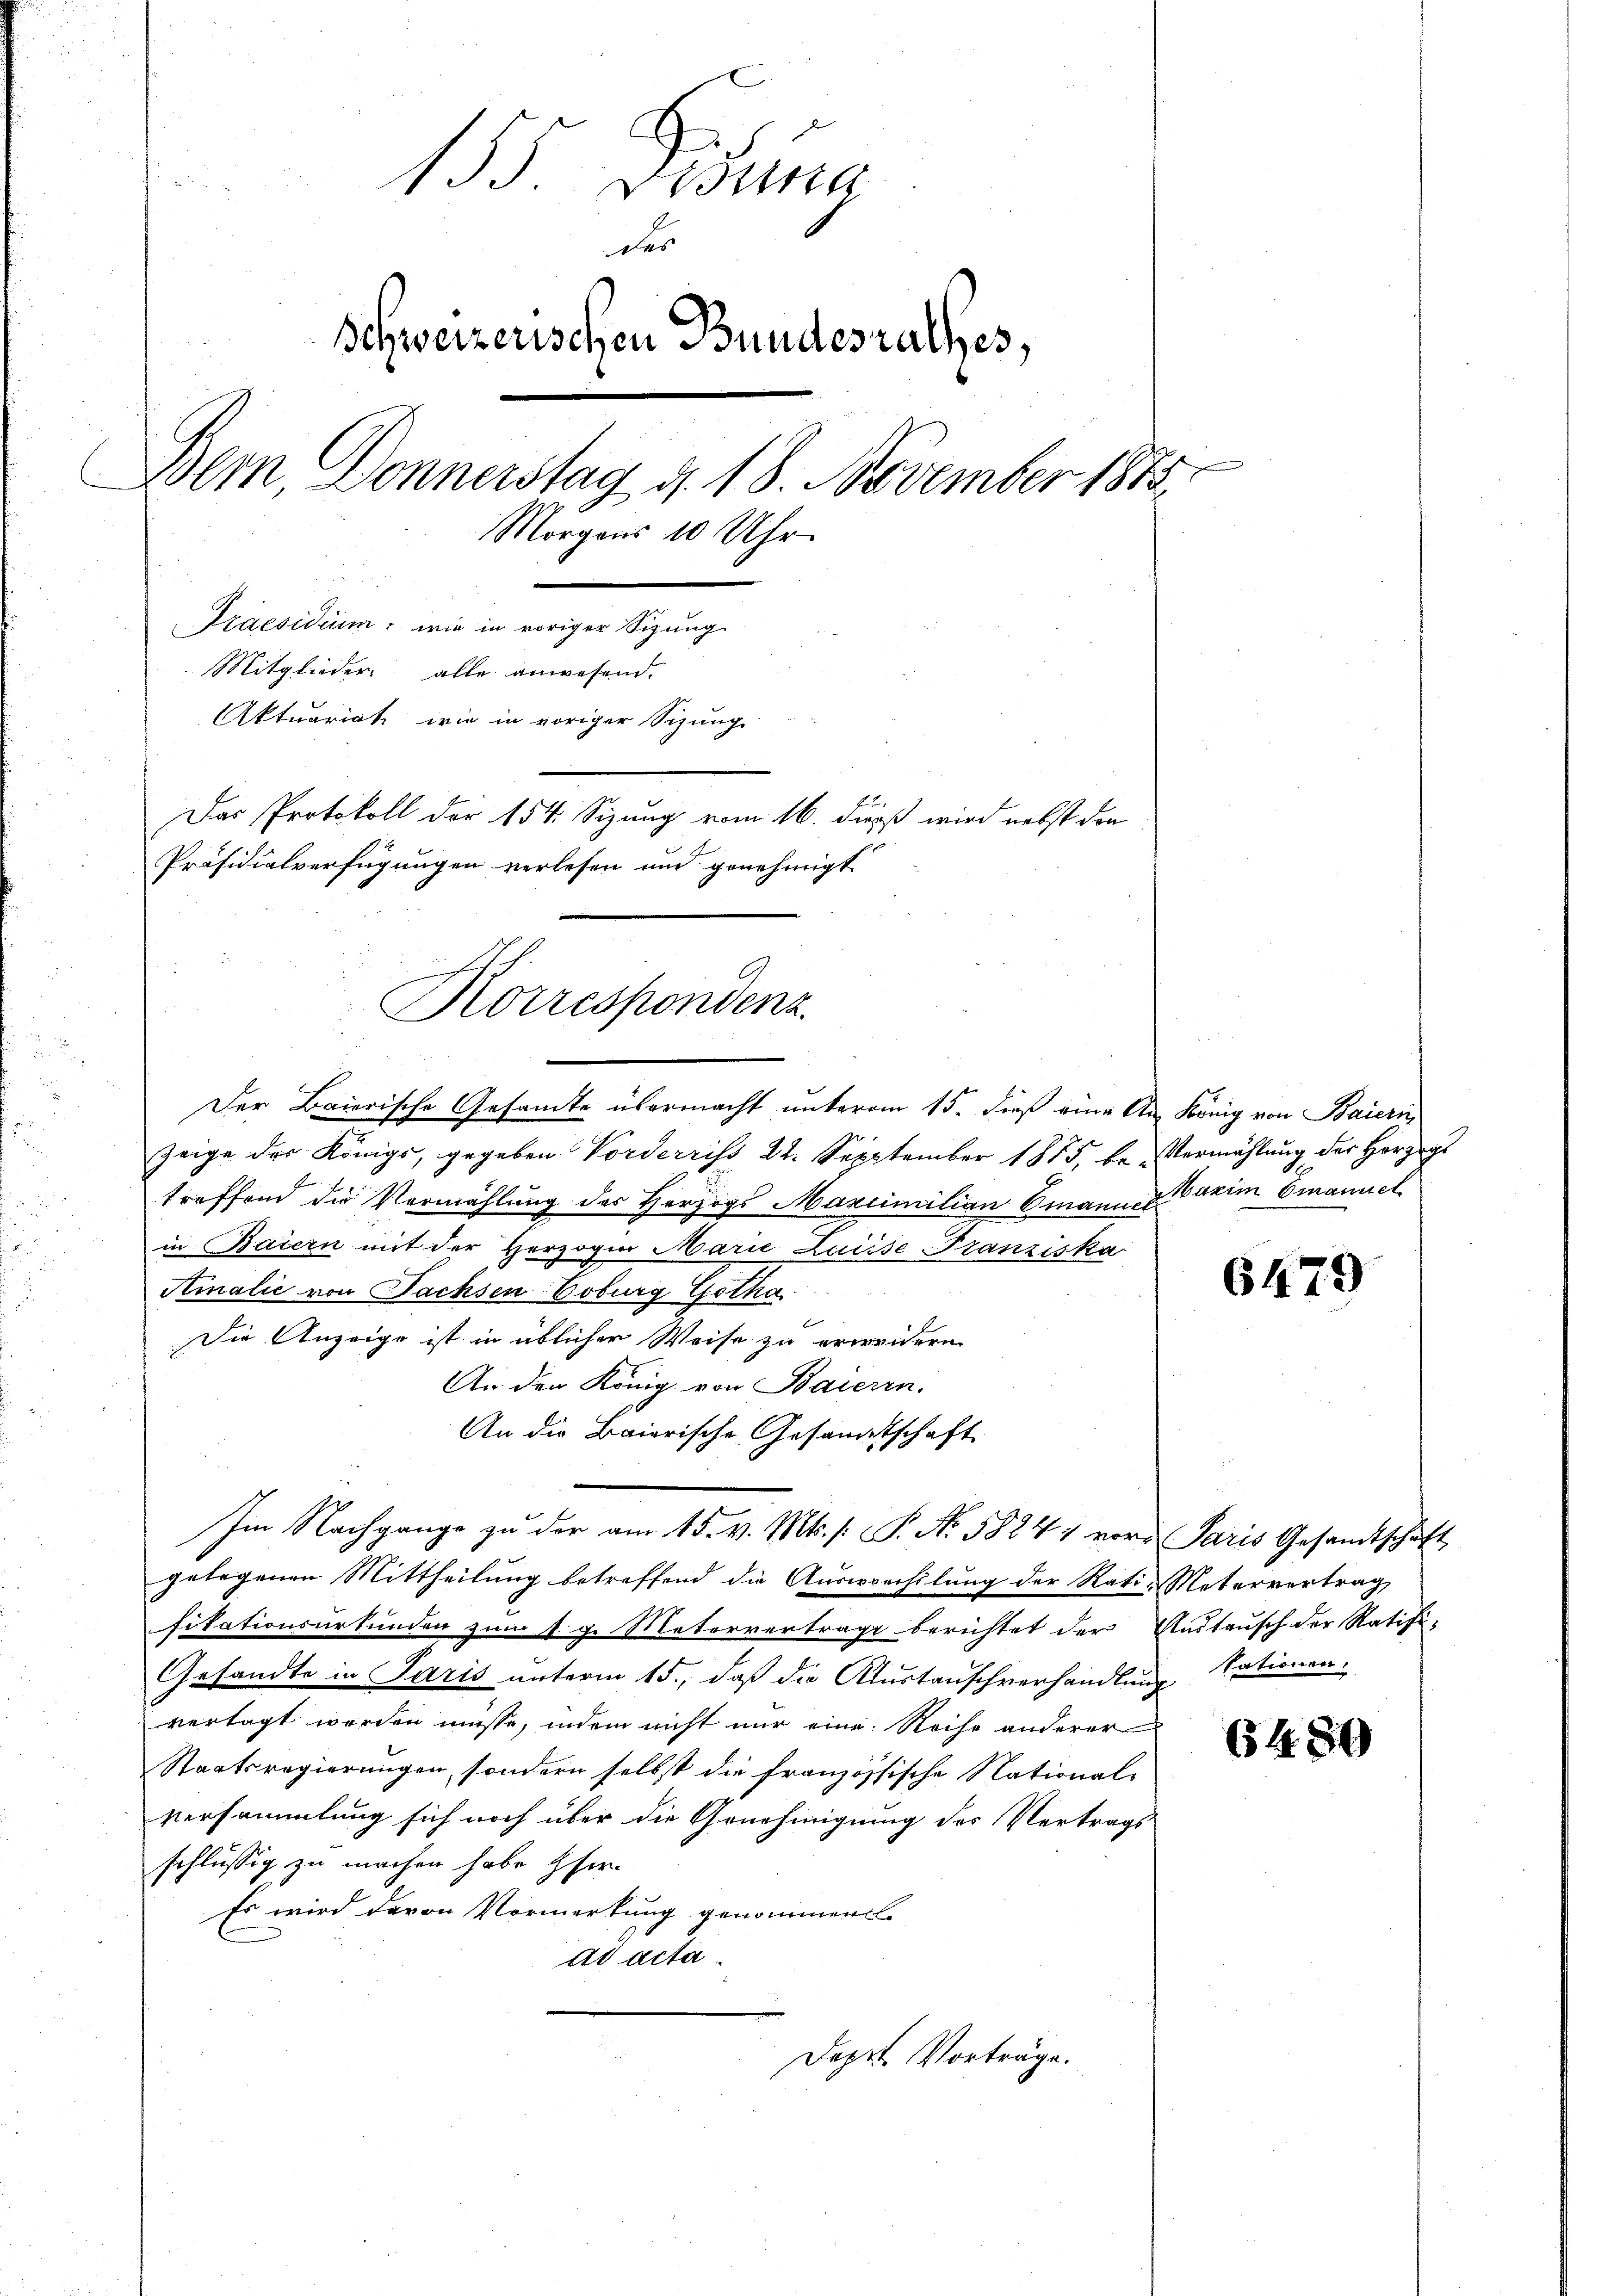
155 Didung
des
Ichweizerischen Bundesrathes,
Bem Donnerstag d. 18. November 1882
Morgens 10 Uhr.
Praesidium: wie in voriger Sigung
Mitglieder alle anwesend.
Aktuariat wie in voriger Sizung
Das Protokoll der 154. Sizung vom 16. dieß wird nebst den
Präsidialverfügungen verlesen und genehmigt

Der Baierische Gesamte übermacht unterm 15. dieß eine An König von Baierin
zeige des Königs, gegeben Vorderriss 24. Sepptember 1855, be-Vermählung der Herzogs
treffend die Vermählung des Herzogs Maximilian Emann darin Emanuel
in Baiern mit der Herzogen Marie Luise Franziska
Kinalić von Fachsen-Coburg Gotha
Die Anzeige ist in üblicher Weise zu erweidern
An den König von Baierin.
An die Baierische Gesandtschaft
Im Nachgange zu der am 15. v. Mts. s. S. Nr. 58841 vor. Paris Gesandtschaft
gelegenen Mittheilung betreffend die Auswechslung der Rati- Metervertrag,
fikationsurkunden zum 1. g. Metervertrage berichtet der Austausch der Ratifi-
Gesandte in Paris unterm 15., daß die Austauschverhandlung sationen.
vertagt werden müsse, indem nicht nur eine Reihe anderer
Staatsregierungen, sondern selbst die französsische National-
versammlung sich noch über die Genehmigung des Vertrags
schlüssig zu machen habe her
Es wird davon Vormerkung genommen
ad acta
Depit Vorträge.

Korrespondenz

6479

6480